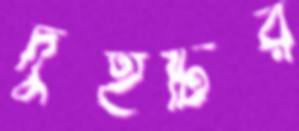
দুইটির